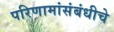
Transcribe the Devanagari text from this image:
परिणामांसंबंधीचे